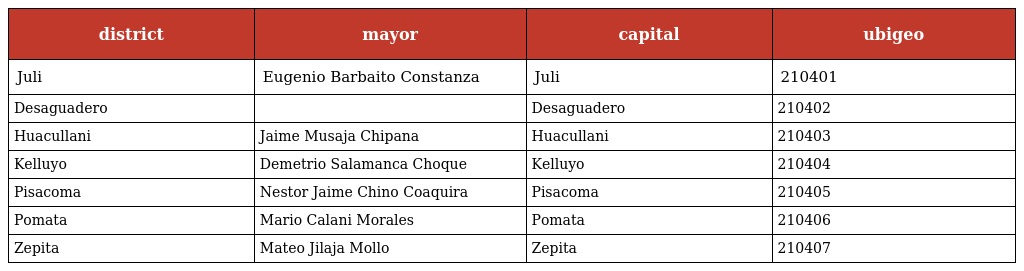
| district | mayor | capital | ubigeo |
 | --- | --- | --- | --- |
 | Juli | Eugenio Barbaito Constanza | Juli | 210401 |
 | Desaguadero |  | Desaguadero | 210402 |
 | Huacullani | Jaime Musaja Chipana | Huacullani | 210403 |
 | Kelluyo | Demetrio Salamanca Choque | Kelluyo | 210404 |
 | Pisacoma | Nestor Jaime Chino Coaquira | Pisacoma | 210405 |
 | Pomata | Mario Calani Morales | Pomata | 210406 |
 | Zepita | Mateo Jilaja Mollo | Zepita | 210407 |